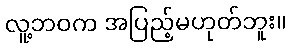
လူ့ဘဝက အပြည့်မဟုတ်ဘူး။